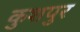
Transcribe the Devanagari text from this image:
कुशपुर